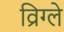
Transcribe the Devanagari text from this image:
व्रिग्ले